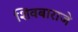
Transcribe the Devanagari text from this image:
शिवबाराजे